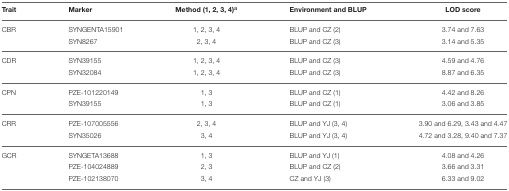
| Trait | Marker | Method (1, 2, 3, 4)a | Environment and BLUP | LOD score |
 | --- | --- | --- | --- | --- |
 | CBR | SYNGENTA15901 | 1, 2, 3, 4 | BLUP and CZ (2) | 3.74 and 7.63 |
 |  | SYN8267 | 2, 3, 4 | BLUP and CZ (3) | 3.14 and 5.35 |
 | CDR | SYN39155 | 1, 2, 3, 4 | BLUP and CZ (3) | 4.59 and 4.76 |
 |  | SYN32084 | 1, 2, 3, 4 | BLUP and CZ (3) | 8.87 and 6.35 |
 | CPN | PZE-101220149 | 1, 3 | BLUP and CZ (1) | 4.42 and 8.26 |
 |  | SYN39155 | 1, 3 | BLUP and CZ (1) | 3.06 and 3.85 |
 | CRR | PZE-107005556 | 2, 3, 4 | BLUP and YJ (3, 4) | 3.90 and 6.29, 3.43 and 4.47 |
 |  | SYN35026 | 3, 4 | BLUP and YJ (3, 4) | 4.72 and 3.28, 9.40 and 7.37 |
 | GCR | SYNGETA13688 | 1, 3 | BLUP and YJ (1) | 4.08 and 4.26 |
 |  | PZE-104024889 | 2, 3 | BLUP and CZ (2) | 3.66 and 3.31 |
 |  | PZE-102138070 | 3, 4 | CZ and YJ (3) | 6.33 and 9.02 |